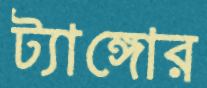
ট্যাঙ্গোর